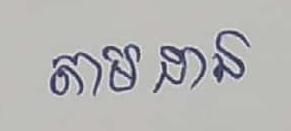
តាមដាន